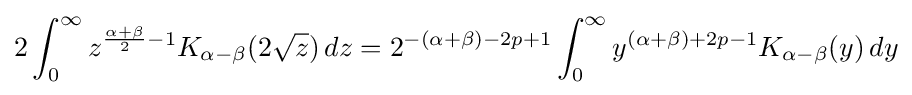
2\int _{0}^{\infty }z^{{\frac {\alpha +\beta }{2}}-1}K_{\alpha -\beta }(2{\sqrt {z}})\,dz=2^{-(\alpha +\beta )-2p+1}\int _{0}^{\infty }y^{(\alpha +\beta )+2p-1}K_{\alpha -\beta }(y)\,dy